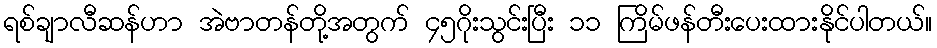
ရစ်ချာလီဆန်ဟာ အဲဗာတန်တို့အတွက် ၄၅ဂိုးသွင်းပြီး ၁၁ ကြိမ်ဖန်တီးပေးထားနိုင်ပါတယ်။